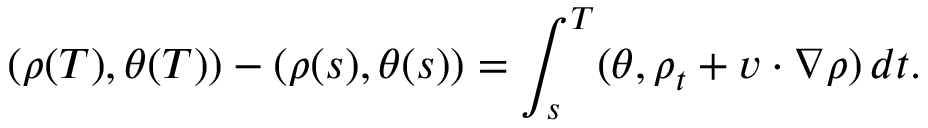
( \rho ( T ) , \theta ( T ) ) - ( \rho ( s ) , \theta ( s ) ) = \int _ { s } ^ { T } ( \theta , \rho _ { t } + v \cdot \nabla \rho ) \, d t .